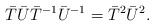
\begin{align*}\bar{T}\bar{U}\bar{T}^{-1}\bar{U}^{-1} = \bar{T}^2\bar{U}^2.\end{align*}